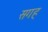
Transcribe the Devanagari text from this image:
सगह